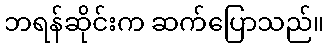
ဘရန်ဆိုင်းက ဆက်ပြောသည်။